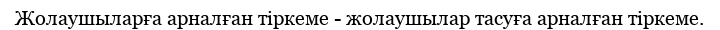
Жолаушыларға арналған тіркеме - жолаушылар тасуға арналған тіркеме.